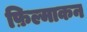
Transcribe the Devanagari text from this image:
फ़िल्माकन